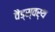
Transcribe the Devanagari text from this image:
वैंड्स्वर्थ